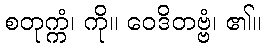
စတုက္ကံ၊ ကို။ ဝေဒိတဗ္ဗံ၊ ၏။